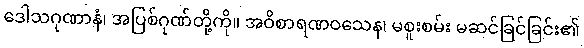
ဒေါသဂုဏာနံ၊ အပြစ်ဂုဏ်တို့ကို။ အဝိစာရဏဝသေန၊ မစူးစမ်း မဆင်ခြင်ခြင်း၏